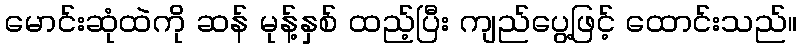
မောင်းဆုံထဲကို ဆန် မုန့်နှစ် ထည့်ပြီး ကျည်ပွေ့ဖြင့် ထောင်းသည်။